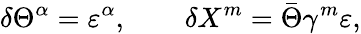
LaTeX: \delta\Theta^{\alpha}=\varepsilon^{\alpha},\qquad\delta X^{m}=\bar{\Theta}\gamma^{m}\varepsilon,